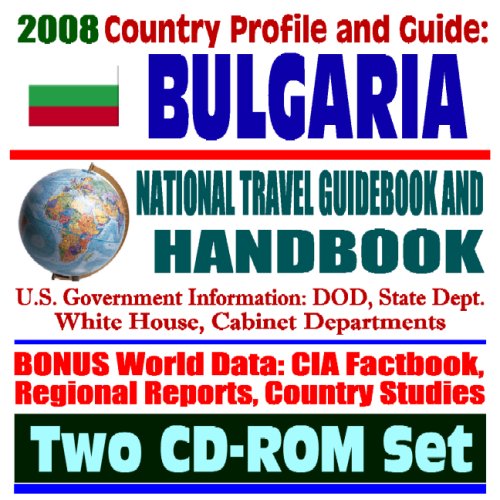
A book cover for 2008 Country Profile and Guide to Bulgaria - National Travel Guidebook and Handbook, USAID, NATO, Nuclear Power, Earthquakes, Nonproliferation (Two CD-ROM Set); U.S. Government; Travel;